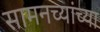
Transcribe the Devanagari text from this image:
सामनच्यांच्या